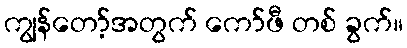
ကျွန်တော့်အတွက် ကော်ဖီ တစ် ခွက်။